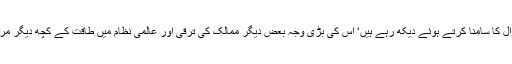
آج ہم امریکہ کو جس زوال کا سامنا کرتے ہوئے دیکھ رہے ہیں‘ اس کی بڑی وجہ بعض دیگر ممالک کی ترقی اور عالمی نظام میں طاقت کے کچھ دیگر مراکز کا وجود میں آنا ہے۔